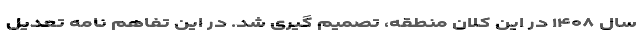
سال ۱۴۰۸ در این کلان منطقه، تصمیم گیری شد. در این تفاهم نامه تعدیل